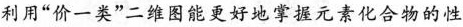
利用“价一类”二维图能更好地掌握元素化合物的性